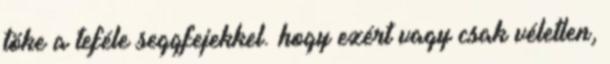
töke a teféle seggfejekkel. hogy ezért vagy csak véletlen,